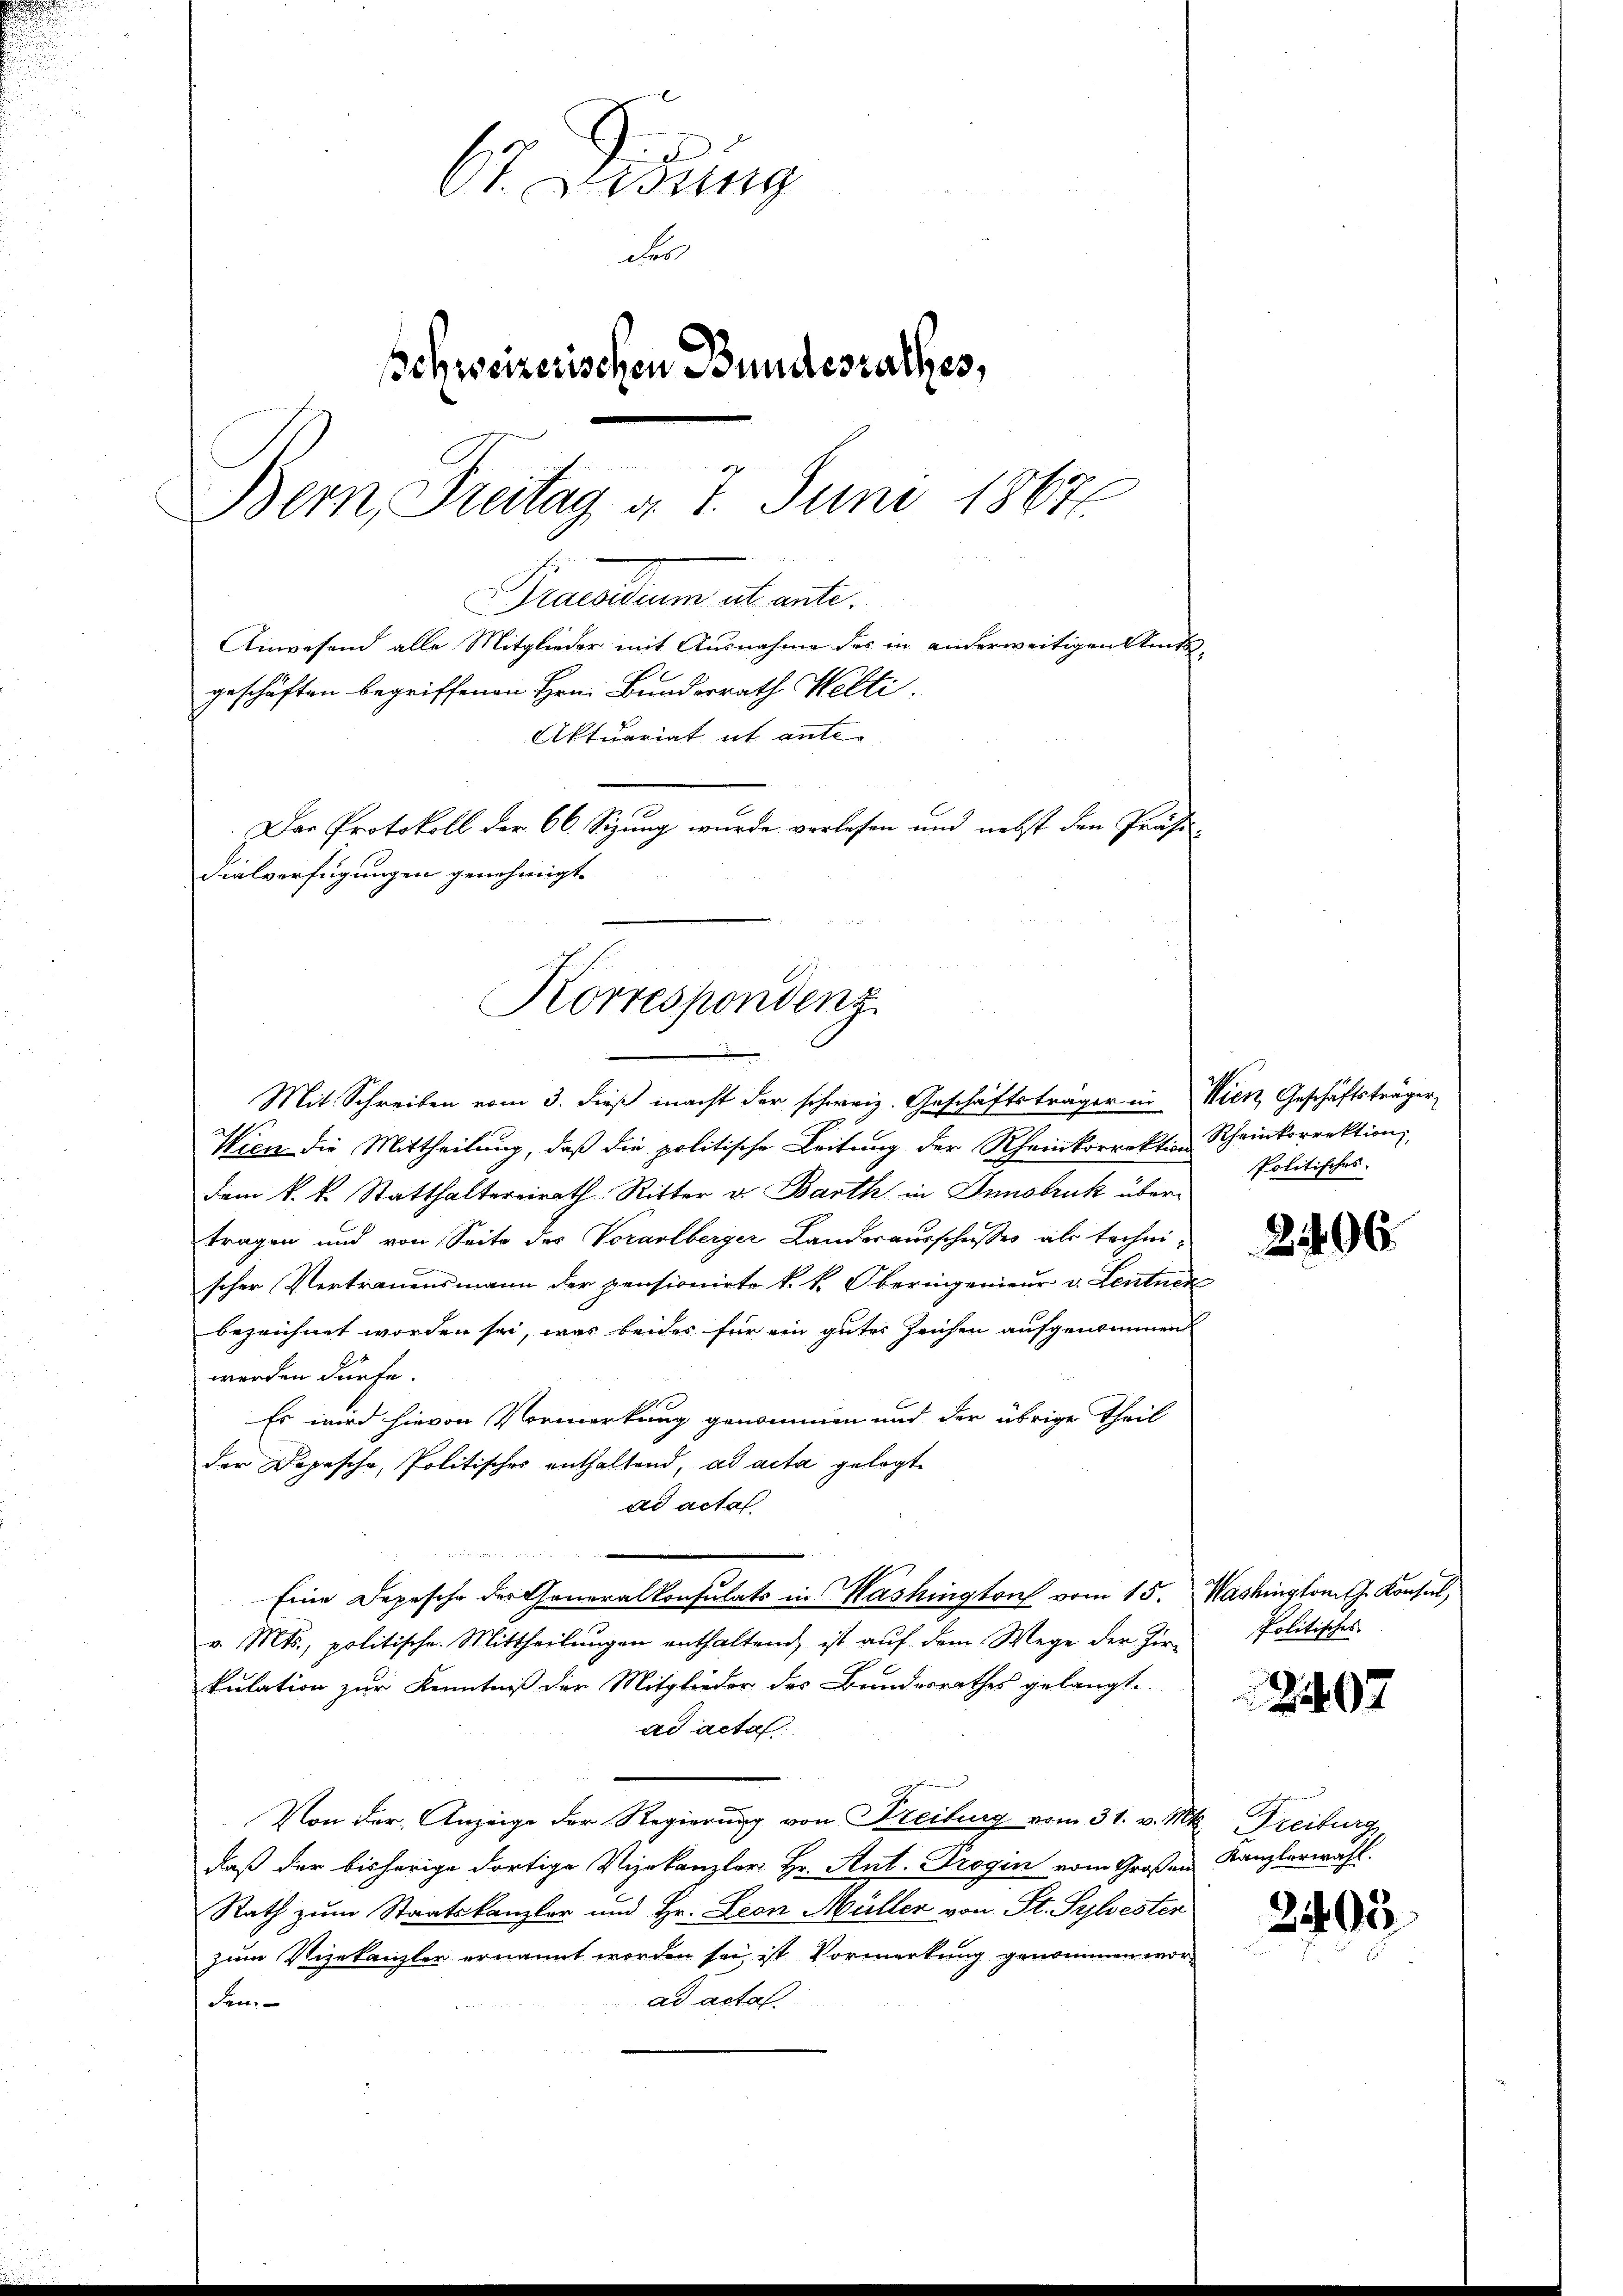
67. Disung
des
schweizerischen Bundesrathes,

Bern, Freitag d. 7. Juni 18676.
Fraendium ab ante.
Anwesend alle Mitglieder mit Ausnahme des in anderweitigen Amtsgeschäften begriffenen Hrn. Bundesrath Welti.
Aktuariat it ante

Dar Protokoll der 66. Sitzung wurde verlesen und nebst den Präsidialverfügungen genehmigt.
Korrespondenz

Mit Schreiben vom 3. dieß macht der schweiz. Geschäftsträger in Wien, Geschäftsträger
Wien die Mittheilung, daß die politische Leitung der Rheinkorrektion Rheinkorrektion
dem k. k. Statthaltereirath Ritter v. Barth in Innsbruk übertragen und von Seite des Vorarlberger Landerausschusses als technischer Vertrauensmann der pensionirte k. k. Oberingenieur v. Lentner
bezeichnet worden sei, was beides für ein guter Zeichen aufgenommend
werden dürfe.
Es wird hievon Vormerkung genommen und der übrige Theil
der Depesche, Politisches enthaltend, ad acta gelegt
ad acta
Eine Depesche der Generalkonsulats in Washington vom 15. Washington J. Konsul,
v. Mts., politische. Mittheilŭngen enthaltend ist auf dem Wege der Zir-
kulation zur Kenntniß der Mitglieder des Bundesrathes gelangt.
ad acta
Von der Anzeige der Regierung von Freibung vom 31. v. Mts. Freiburg
daß der bisherige dortige Vizekanzler Hr. Ant. Progin vom Großen Kanzlerwahl.
Rath zum Staatskanzler und Hr. Leon Müller von St. Pylvesten
zum Vizekanzler ernannt worden sei, ist Vormerkung genommen worad acta
den.

Politisches.

2406.

Politisches

2407

2405